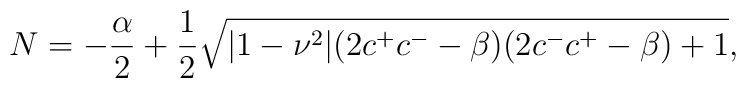
N=-\frac{\alpha}{2}+\frac{1}{2}\sqrt{|1-\nu^2|(2c^+c^--\beta)(2c^-c^+-\beta)+1},